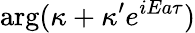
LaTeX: \arg(\kappa+\kappa^{\prime}e^{iEa\tau})